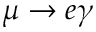
\mu \rightarrow e \gamma